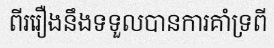
ពីររឿងនឹងទទួលបានការគាំទ្រពី